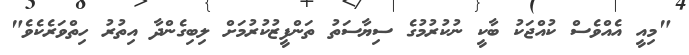
"މިއީ އެއްވެސް ކުއްޖަކު ބާކީ ނުކުރުުމުގެ ސިޔާސަތު ތަންފީޒުކުރުމަށް ލިބިގެންދާ އިތުރު ހިތްވަރެކެވެ"